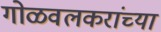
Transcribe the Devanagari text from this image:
गोळवलकरांच्या